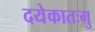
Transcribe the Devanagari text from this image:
दयेकातःगु